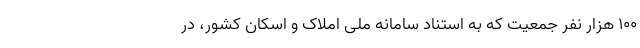
۱۰۰ هزار نفر جمعیت که به استناد سامانه ملی املاک و اسکان کشور، در